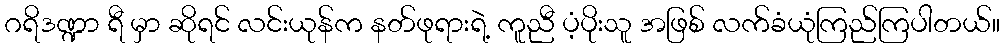
ဂရိဒဏ္ဍာ ရီ မှာ ဆိုရင် လင်းယုန်က နတ်ဖုရားရဲ့ ကူညီ ပံ့ပိုးသူ အဖြစ် လက်ခံယုံကြည်ကြပါတယ်။